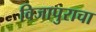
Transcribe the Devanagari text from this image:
विजापुराचा